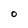
Character: O